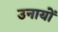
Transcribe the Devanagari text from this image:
उनायों